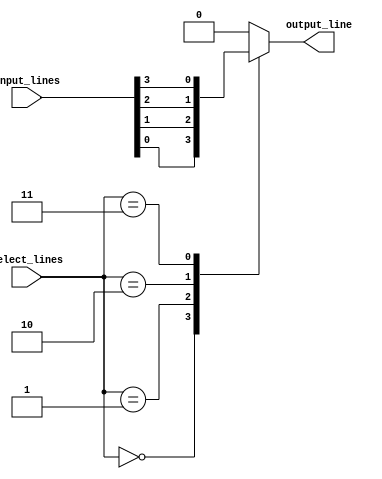
module multiplexer_32_1 (
    input [31:0] input_lines,
    input [4:0] select_lines,
    output reg output_line
);

always @(*)
begin
    case(select_lines)
        5'b00000: output_line = input_lines[0];
        5'b00001: output_line = input_lines[1];
        5'b00010: output_line = input_lines[2];
        5'b00011: output_line = input_lines[3];
        // Add cases for all 32 input lines
        default: output_line = 0; // Default case
    endcase
end

endmodule